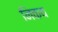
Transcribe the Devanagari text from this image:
निकय